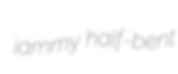
jammy half-bent